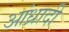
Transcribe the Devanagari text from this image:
आंध्रादी